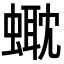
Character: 𧏰